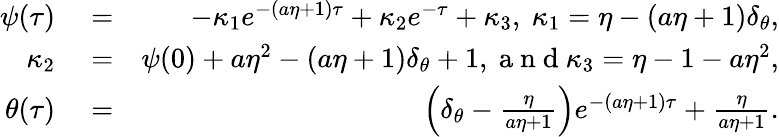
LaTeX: \begin{array}{rlr}{\psi(\tau)}&{{}=}&{-\kappa_{1}e^{-(a\eta+1)\tau}+\kappa_{2}e^{-\tau}+\kappa_{3},\ \kappa_{1}=\eta-(a\eta+1)\delta_{\theta},}\\ {\kappa_{2}}&{{}=}&{\psi({0})+a\eta^{2}-(a\eta+1)\delta_{\theta}+1,\mathrm{~a~n~d~}\kappa_{3}=\eta-1-a\eta^{2},}\\ {\theta(\tau)}&{{}=}&{\left(\delta_{\theta}-\frac{\eta}{a\eta+1}\right)e^{-(a\eta+1)\tau}+\frac{\eta}{a\eta+1}.}\end{array}